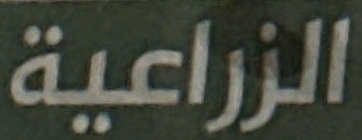
الزراعية